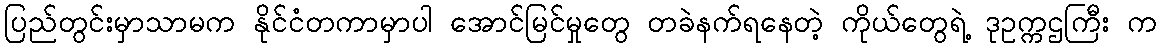
ပြည်တွင်းမှာသာမက နိုင်ငံတကာမှာပါ အောင်မြင်မှုတွေ တခဲနက်ရနေတဲ့ ကိုယ်တွေရဲ့ ဒုဥက္ကဌကြီး က